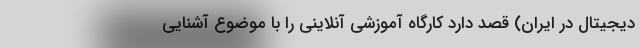
دیجیتال در ایران) قصد دارد کارگاه آموزشی آنلاینی را با موضوع آشنایی